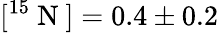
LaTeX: [^{15}\mathrm{~N~}]=0.4\pm 0.2